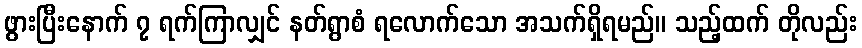
ဖွားပြီးနောက် ၇ ရက်ကြာလျှင် နတ်ရွာစံ ရလောက်သော အသက်ရှိရမည်။ သည့်ထက် တိုလည်း